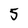
Character: 5